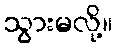
သွားမလို့။